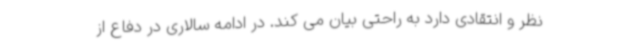
نظر و انتقادی دارد به راحتی بیان می کند. در ادامه سالاری در دفاع از